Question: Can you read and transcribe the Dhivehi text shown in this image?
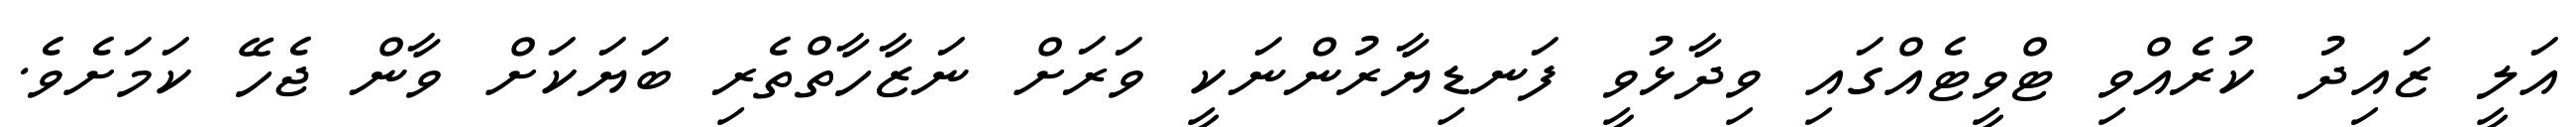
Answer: އަލީ ޒައިދު ކުރެއްވި ޓްވީޓެއްގައި ވިދާޅުވީ ފަނޑިޔާރުންނަކީ ވަރަށް ނަޒާހާތްތެރި ބަޔަކަށް ވާން ޖެހޭ ކަމަށެވެ.